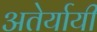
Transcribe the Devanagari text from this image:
अतेर्यायी